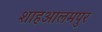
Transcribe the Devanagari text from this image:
शाहआलमपुर